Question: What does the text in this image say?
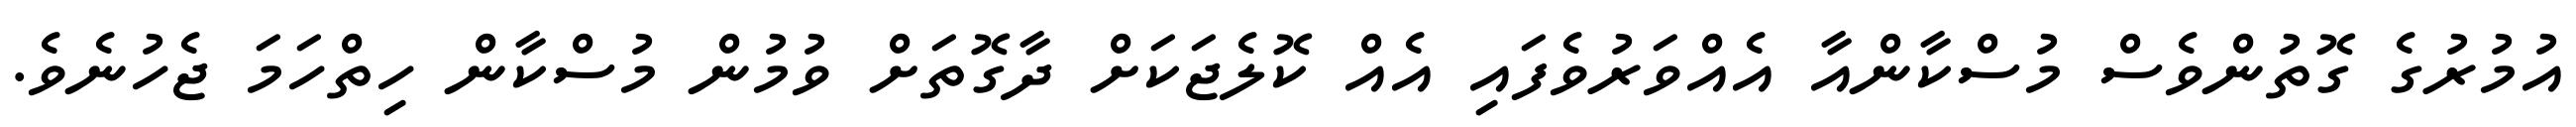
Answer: އުމުރުގެ ގޮތުންވެސް މުސްކާންއާ އެއްވަރުވެފައި އެއް ކޮލެޖަކަށް ދާގޮތަށް ވުމުން މުސްކާން ހިތްހަމަ ޖެހުނެވެ.